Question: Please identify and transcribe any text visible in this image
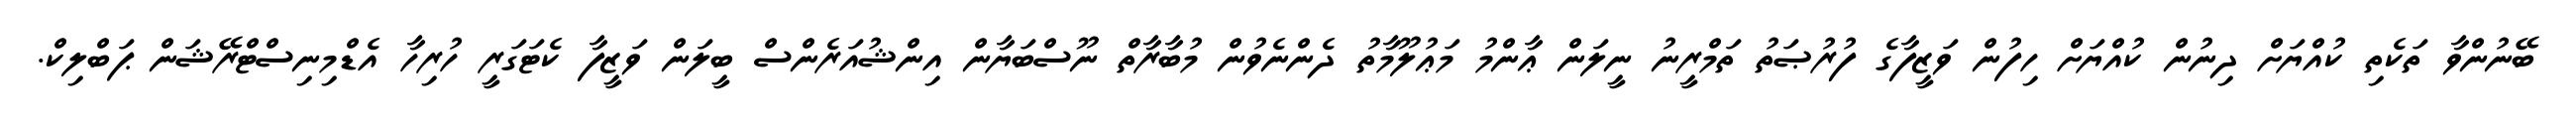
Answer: ބޭނުންވާ ތަކެތި ކުއްޔަށް ދިނުން ކުއްޔަށް ހިފުން ވަޒީފާގެ ފުރުޞަތު ތަމްރީނު ނީލަން ޢާންމު މަޢުލޫމާތު ދެންނެވުން މުބާރާތް ނޫސްބަޔާން އިންޝުއަރެންސް ބީލަން ވަޒީފާ ކެޓަގަރީ ހުރިހާ އެޑްމިނިސްޓްރޭޝަން ޕަބްލިކް.